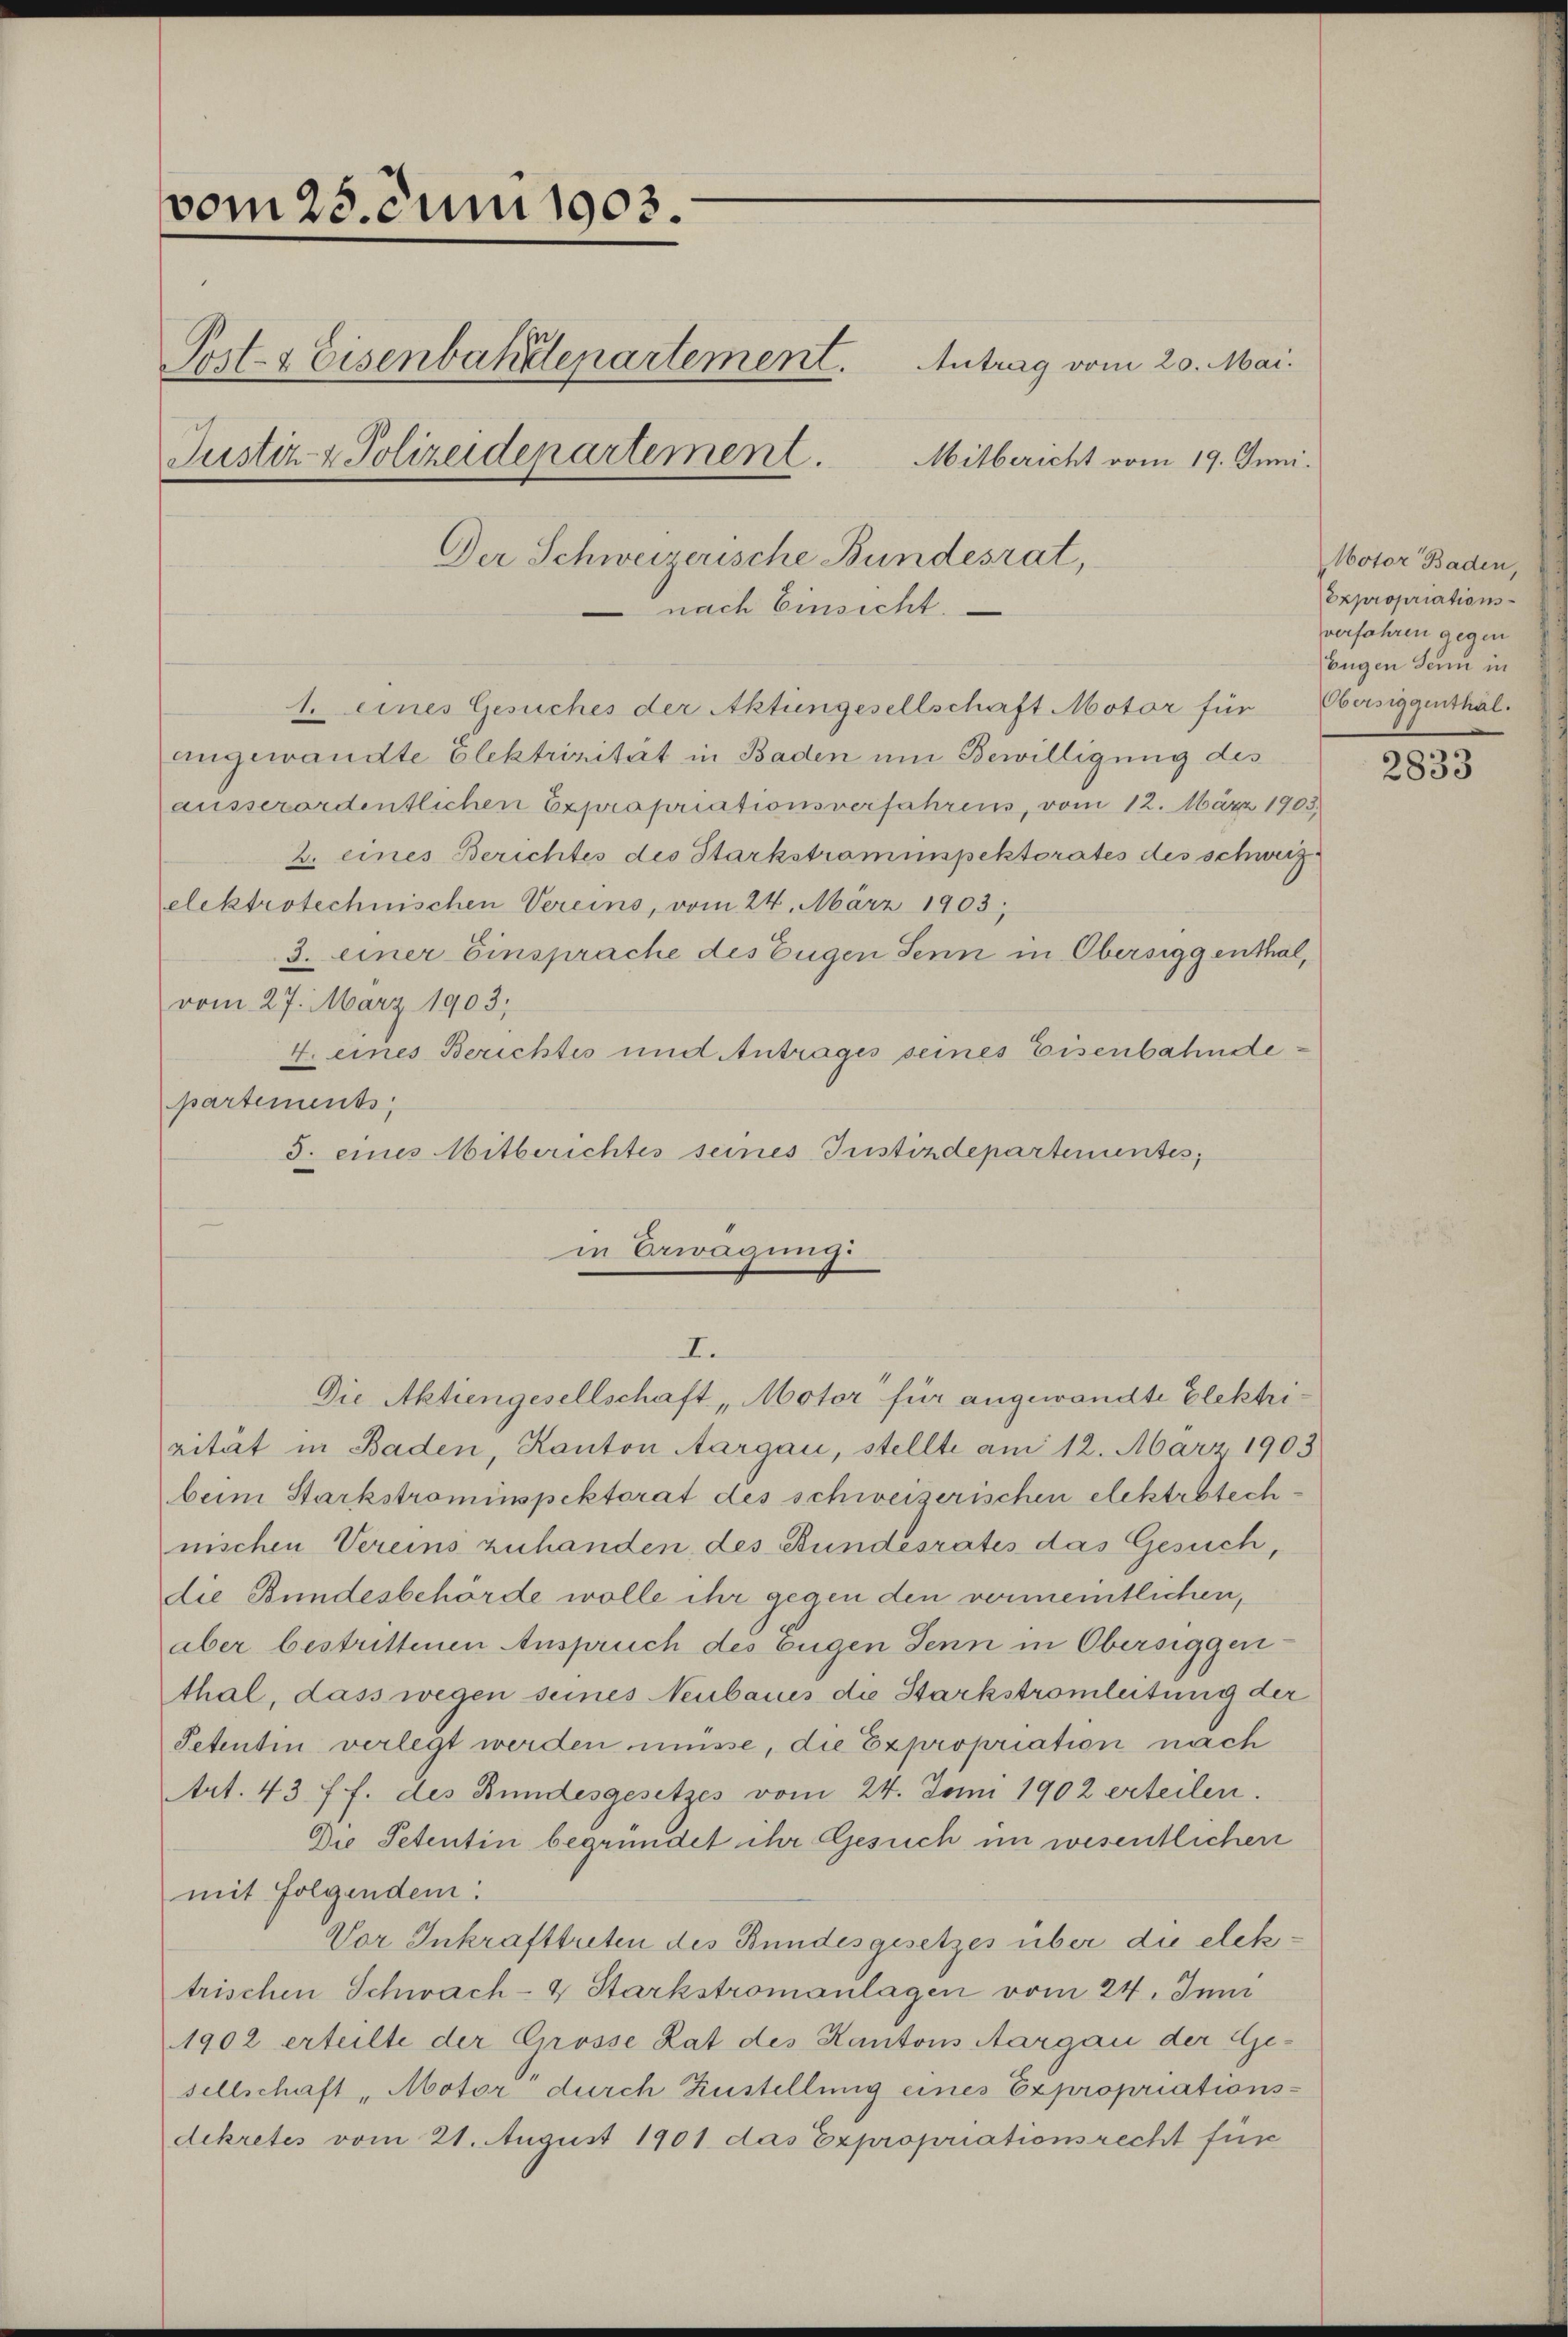
vom 25. Juni 1903.

Post- & Eisenbahdlepartement.
Justiz- & Polizeidepartement.
Der Schweizerische Bundesrat,
nach Einsicht.

1. eines Gesuches der Aktiengesellschaft Motor für Obersiggenthäl
angewandte Elektrinität in Baden um Bewilligung des
ausserordentlichen Expropriationsverfahrens, vom 12. März 1903.
2. eines Berichtes des Starkstraminspektorates des schweiz.
elektrotechnischen Vereins, vom 24. März 1903;
3. einer Einsprache des Eugen Senn in Obersiggenthal,
vom 27. März 1903,
4. eines Berichtes und Antrages seines Eisenbahndepartements,
3. eines Mitberichtes seines Justizdepartementes,
n
in Erwägung

I.

Antrag vom 20. Mai.
Mitbericht vom 19. Juni.

Die Aktiengesellschaft, Motor für angewandte Elektrirität in Baden, Kanton Aargau, stellte am 12. März 1903
beim Starkstrominspektorat des schweizerischen elektrotechnischen Vereins zuhanden, des Bundesrates das Gesuch,
die Bundesbehörde wolle ihr gegen den vermeintlichen,
aber bestrittenen Anspruch des Eugen denn in Obersiggenthal, dass wegen seines Neubaues die Starkstromleitung der
Petentin verlegt werden müsse, die Expropriation nach
Art. 437 f. des Bundesgesetzes vom 24. Juni 1902 erteilen.
Die Petentin begründet ihr Gesuch im wesentlichen
mit folgendem:
Vor Inkrafttreten des Bundesgesetzes über die elektrischen Schwach- & Starkstromanlagen vom 24. Juni
1902 erteilte der Grosse Lat des Kantons Aargau der Ge-
sellschaft „Motor durch Zustellung eines Expropriationsdekretes vom 21. August 1901 das Expropriationsrecht für

Motor Baden,
Expropriationsverfahren gegen
Eugen Senn in

2833